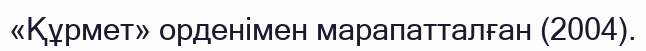
«Құрмет» орденімен марапатталған (2004).